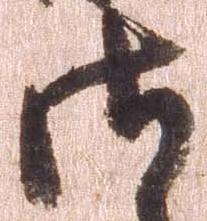
御